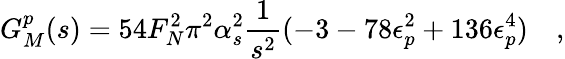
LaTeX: G_{M}^{p}(s)=54F_{N}^{2}\pi^{2}\alpha_{s}^{2}\frac{1}{s^{2}}(-3-78\epsilon_{p}^{2}+136\epsilon_{p}^{4})\quad,